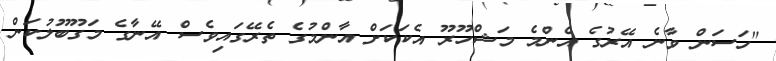
"ހަސަން ވާނެ އޭރުގެ އެންމެ މަޝްހޫރޫ އެކަކަށް އާންމުގެ ތެރޭގައިވެސް އޭނާގެ މަގޫބޫލުކަން